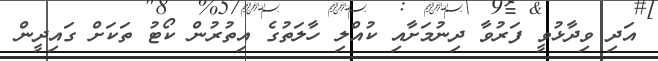
އަދި ވިދާޅުވީ ފަރުވާ ދިނުމަށާއި ކުއްލި ހާލަތުގެ އިތުރުން ކޯޓު ތަކަށް ގައިދީން